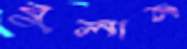
বুলান